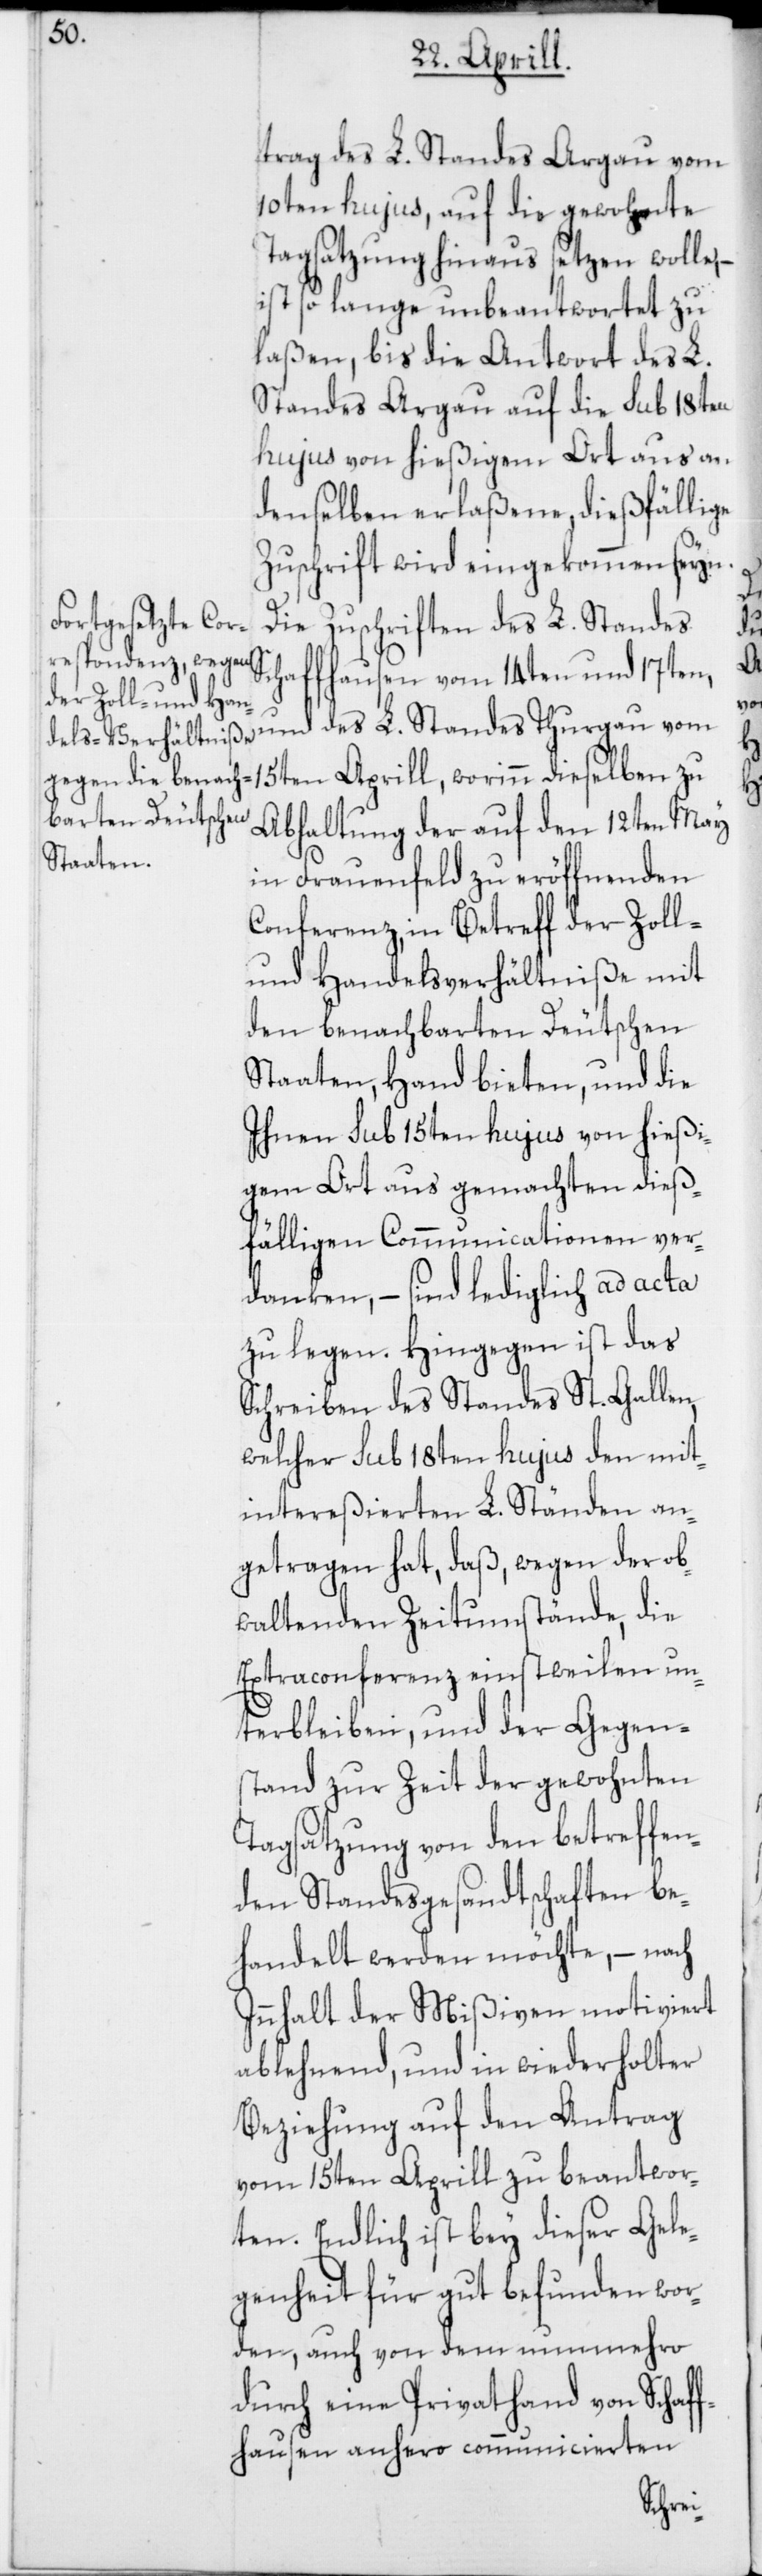
Sc¬

und des L. Standes Thurgau vom
10ten hujus, auf die gewohnte
Tagsatzung hinaus setzen wolle, –
ist so lange unbeantwortet zu
laßen, bis die Antwort des L.
Standes Argau auf die sub 18ten
hujus von hießigem Ort aus an
denselben erlaßene, dießfällige
Zuschrift wird eingekommen seyn.
Die Zuschriften des L. Standes
haffhausen vom 14ten und 17ten,
15ten Aprill, worinn dieselben zu
Abhaltung der auf den 12ten May
in Frauenfeld zu eröffnenden
Conferenz, in Betreff der Zoll-
und Handelsverhältniße mit
den benachbarten Deutschen
Staaten, Hand bieten, und die
Ihnen sub 15ten hujus von hießi¬
gem Ort aus gemachten dieß¬
fälligen Communicationen ver¬
danken, – sind lediglich ad acta
zu legen. Hingegen ist das
Schreiben des Standes St. Gallen,
welcher sub 18ten hujus den mit¬
intereßierten L. Ständen an¬
getragen hat, daß, wegen der ob¬
waltenden Zeitumstände, die
Extraconferenz einstweilen un¬
terbleiben, und der Gegen¬
stand zur Zeit der gewohnten
Tagsatzung von den betreffen¬
den Standesgesandtschaften be¬
handelt werden möchte, – nach
Innhalt der Mißiven motiviert
ablehnend, und in wiederholter
Beziehung auf den Antrag
vom 15ten Aprill zu beantwor¬
ten. Endlich ist bey dieser Gele¬
genheit für gut befunden wor¬
den, auch von dem nunmehro
durch eine Privathand von Schaff¬
hausen anhero communicierten